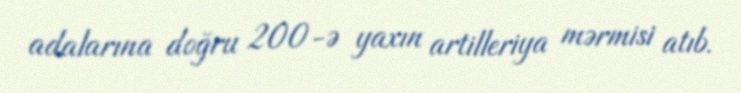
adalarına doğru 200-ə yaxın artilleriya mərmisi atıb.